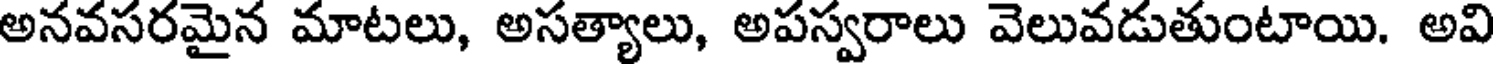
అనవసరమైన మాటలు, అసత్యాలు, అపస్వరాలు వెలువడుతుంటాయి. అవి